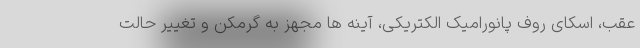
عقب، اسکای روف پانورامیک الکتریکی، آینه ها مجهز به گرمکن و تغییر حالت